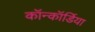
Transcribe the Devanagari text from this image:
कॉन्कॉर्डिया